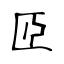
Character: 𦣝